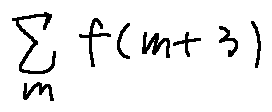
\sum \limits _ { m } f ( m + 3 )